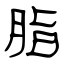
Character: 脂